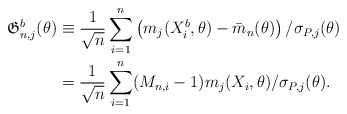
\begin{align*}\mathfrak G^b_{n,j}(\theta)&\equiv \frac{1}{\sqrt n}\sum_{i=1}^n \left(m_j(X_i^b,\theta)-\bar m_n(\theta)\right)/\sigma_{P,j}(\theta)\\&=\frac{1}{\sqrt n}\sum_{i=1}^n(M_{n,i}-1)m_j(X_i,\theta)/\sigma_{P,j}(\theta).\end{align*}